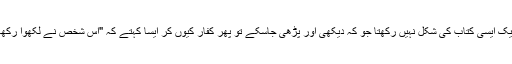
اگر یہ ایک ایسی کتاب کی شکل نہیں رکھتا جو کہ دیکھی اور پڑھی جاسکے تو پھر کفار کیوں کر ایسا کہتے کہ "اس شخص نے لکھوا رکھا ہے "؟